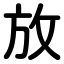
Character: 放